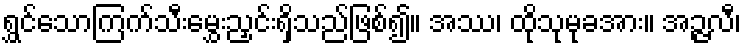
ရွှင်သောကြက်သီးမွှေးညှင်းရှိသည်ဖြစ်၍။ အဿ၊ ထိုသုမုခအား။ အဉ္ဇလီ၊